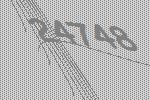
24748